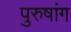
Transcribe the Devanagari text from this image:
पुरुषांग